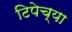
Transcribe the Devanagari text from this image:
टिपेच्या